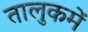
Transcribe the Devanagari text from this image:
तालुकमें